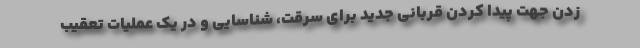
زدن جهت پیدا کردن قربانی جدید برای سرقت، شناسایی و در یک عملیات تعقیب